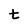
Character: t